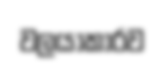
වලයාකාරව